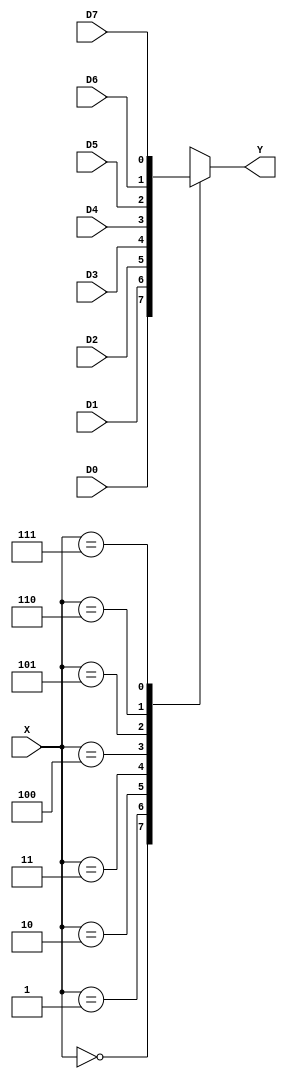
`timescale 1ns / 1ps
//////////////////////////////////////////////////////////////////////////////////
// Company: 
// Engineer: 
// 
// Design Name: 
// Module Name: mux
// Project Name: 
// Target Devices: 
// Tool Versions: 
// Description: 
// 
// Dependencies: 
// 
// Revision:
// Revision 0.01 - File Created
// Additional Comments:
// 
//////////////////////////////////////////////////////////////////////////////////
module mux(output reg Y,
    input D0, D1, D2, D3, D4, D5, D6, D7,
    input[2:0] X
    );
    always@(D0 or D1 or D2 or D3 or D4 or D5 or D6 or D7 or X)
    begin
    case(X)
    3'b000: Y=D0;
    3'b001: Y=D1;
    3'b010: Y=D2;
    3'b011: Y=D3;
    3'b100: Y=D4;
    3'b101: Y=D5;
    3'b110: Y=D6;
    3'b111: Y=D7;
    endcase
    end
endmodule